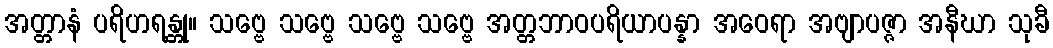
အတ္တာနံ ပရိဟရန္တု။ သဗ္ဗေ သဗ္ဗေ သဗ္ဗေ သဗ္ဗေ အတ္တဘာဝပရိယာပန္နာ အဝေရာ အဗျာပဇ္ဇာ အနီဃာ သုခီ